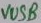
Text: VUSB